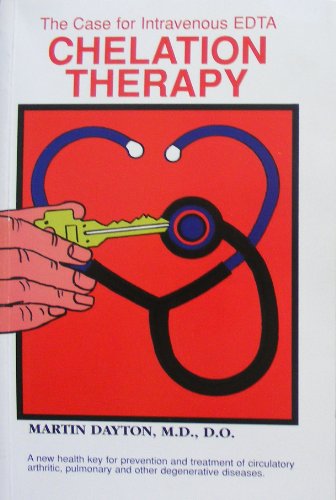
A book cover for The Case for Intravenous Chelation Therapy; Martin Dayton; Health, Fitness & Dieting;